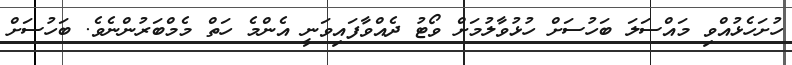
ހުށަހެޅުއްވި މައްސަލަ ބަހުސަށް ހުޅުވާލުމަށް ވޯޓު ދެއްވާފައިވަނީ އެންމެ ހަތް މެމްބަރުންނެވެ. ބަހުސަށް